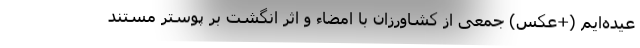
عیده‌ایم (+عکس) جمعی از کشاورزان با امضاء و اثر انگشت بر پوستر مستند